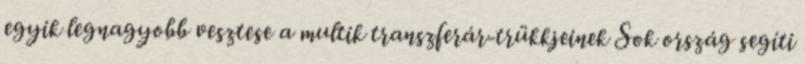
egyik legnagyobb vesztese a multik transzferár-trükkjeinek Sok ország segíti